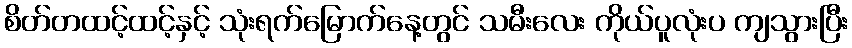
စိတ်တထင့်ထင့်နှင့် သုံးရက်မြောက်နေ့တွင် သမီးလေး ကိုယ်ပူလုံးပ ကျသွားပြီး